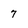
Character: 7